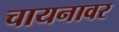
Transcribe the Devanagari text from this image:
चायनावर